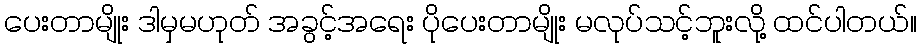
ပေးတာမျိုး ဒါမှမဟုတ် အခွင့်အရေး ပိုပေးတာမျိုး မလုပ်သင့်ဘူးလို့ ထင်ပါတယ်။